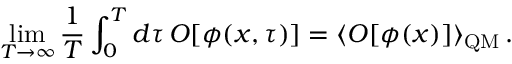
\operatorname * { l i m } _ { T \to \infty } \frac { 1 } { T } \int _ { 0 } ^ { T } d \tau \, { \cal O } [ \phi ( x , \tau ) ] = \langle { \cal O } [ \phi ( x ) ] \rangle _ { \mathrm { Q M } } \, .